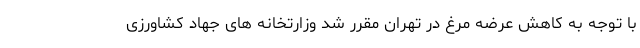
با توجه به کاهش عرضه مرغ در تهران مقرر شد وزارتخانه های جهاد کشاورزی